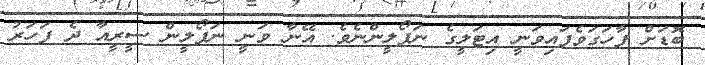
ބޮޑަށް ފާހަގަވެފައިވަނީ އިޓަލީގެ ނަޕޯލީންނެވެ. އޭނާ ވަނީ ނަޕޯލީން ސީރީއާ ދެ ފަހަރު